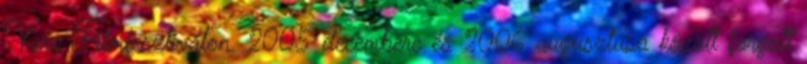
Vary Filmfesztiválon. 2005 decembere és 2006 augusztusa között forgott